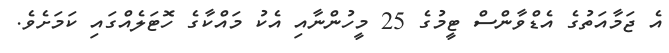
އެ ޖަމާއަތުގެ އެޑްވާންސް ޓީމުގެ 25 މީހުންނާއި އެކު މައްކާގެ ހޮޓަލެއްގައި ކަމަށެވެ.